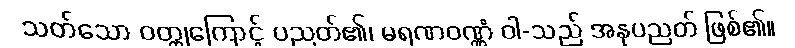
သတ်သော ဝတ္ထုကြောင့် ပညတ်၏၊ မရဏဝဏ္ဏံ ဝါ-သည် အနုပညတ် ဖြစ်၏။